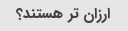
ارزان تر هستند؟